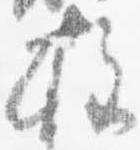
柱